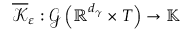
\overline { { \mathcal { K } } } _ { \varepsilon } : \mathcal { G } \left( \mathbb { R } ^ { d _ { \gamma } } \times T \right) \rightarrow \mathbb { K }